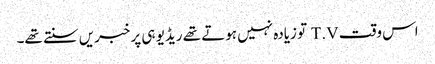
اس وقت T.V تو زیادہ نہیں ہوتے تھے ریڈیو ہی پر خبریں سنتے تھے۔